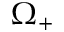
\Omega _ { + }